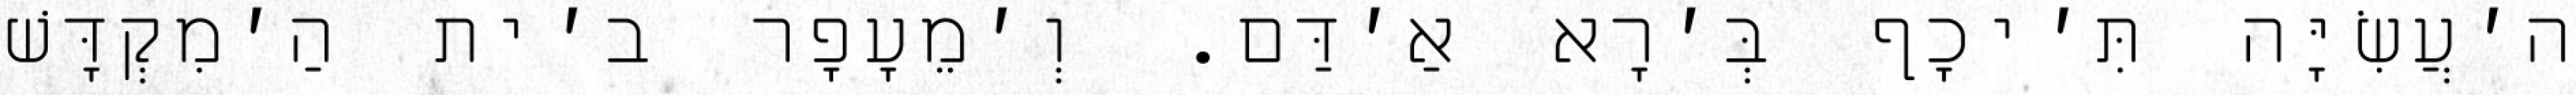
ה׳עֲשִׂיָּה תִּ׳יכָף בְּ׳רָא אַ׳דַּם. וְ׳מֵעָפָר ב׳ית הַ׳מִקְדָּשׁ